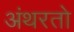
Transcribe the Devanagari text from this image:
अंथरतो